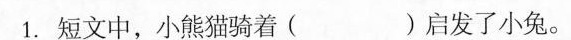
1.短文中，小熊猫骑着（）启发了小兔。